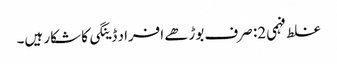
غلط فہمی 2: صرف بوڑھے افراد ڈینگی کا شکار ہیں۔